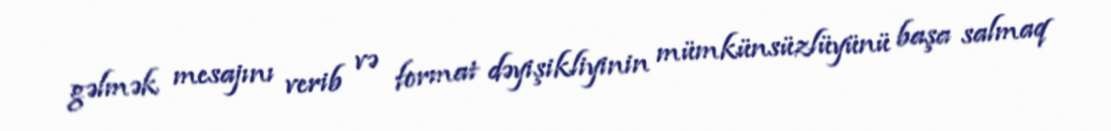
gəlmək mesajını verib və format dəyişikliyinin mümkünsüzlüyünü başa salmaq